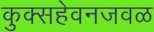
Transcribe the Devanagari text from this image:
कुक्सहेवनजवळ